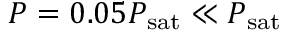
P = 0 . 0 5 P _ { \mathrm { s a t } } \ll P _ { \mathrm { s a t } }